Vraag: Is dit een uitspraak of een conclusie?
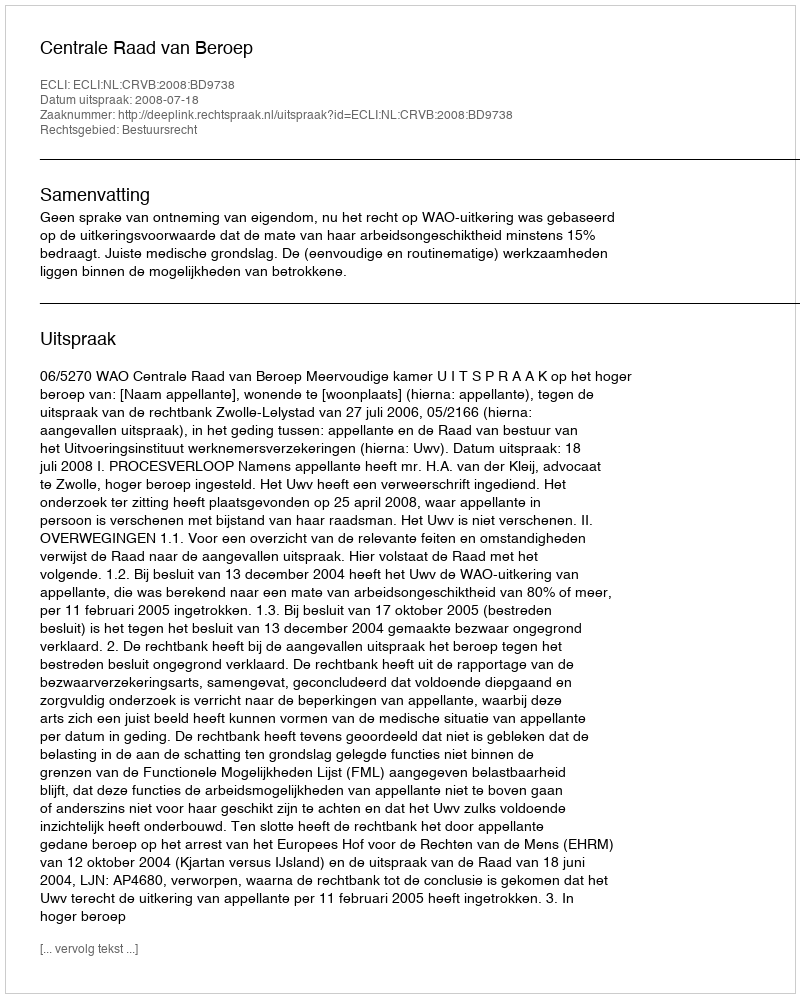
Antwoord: Uitspraak